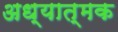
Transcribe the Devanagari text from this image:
अध्यात्मक